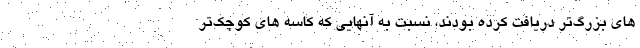
های بزرگ‌تر دریافت کرده بودند، نسبت به آنهایی که کاسه های کوچک‌تر